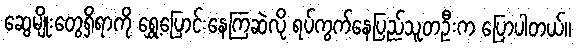
ဆွေမျိုးတွေရှိရာကို ရွှေ့ပြောင်းနေကြဆဲလို ရပ်ကွက်နေပြည်သူတဦးက ပြောပါတယ်။